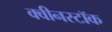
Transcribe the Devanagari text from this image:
क्वीनस्टॉक